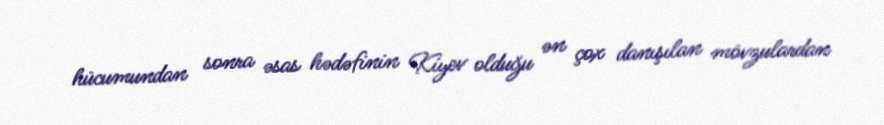
hücumundan sonra əsas hədəfinin Kiyev olduğu ən çox danışılan mövzulardan